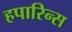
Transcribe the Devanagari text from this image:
हपारिन्स